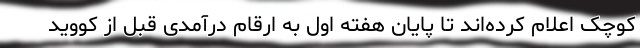
کوچک اعلام کرده‌اند تا پایان هفته اول به ارقام درآمدی قبل از کووید